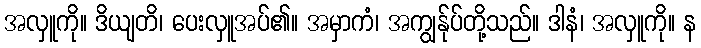
အလှူကို။ ဒိယျတိ၊ ပေးလှူအပ်၏။ အမှာကံ၊ အကျွန်ုပ်တို့သည်။ ဒါနံ၊ အလှူကို။ န